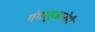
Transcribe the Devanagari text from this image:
गंगानुजानेही